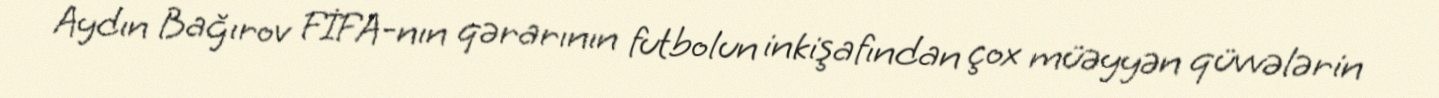
Aydın Bağırov FİFA-nın qərarının futbolun inkişafından çox müəyyən qüvvələrin